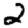
Digit: 2